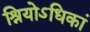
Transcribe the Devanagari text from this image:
श्रियोऽधिकां